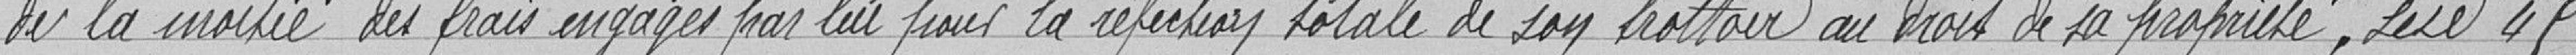
de la moitié des frais engagés par lui pour la réfection totale de son trottoir au droit de sa propriété sise 45